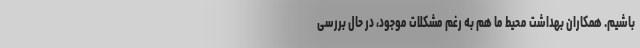
باشیم. همکاران بهداشت محیط ما هم به رغم مشکلات موجود، در حال بررسی